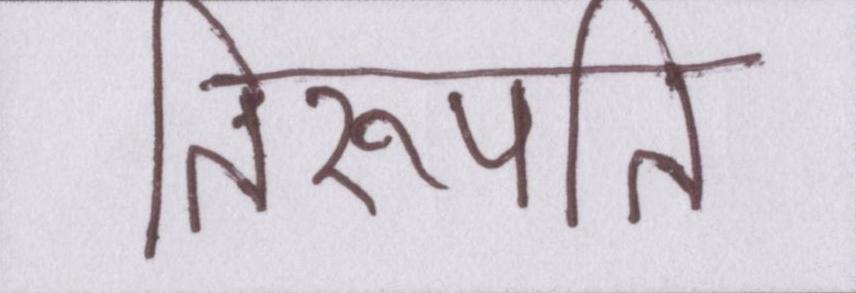
तिरुपति